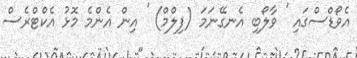
އެވޯޑްސްގައި ' ވާލޯބި އެނގޭނަމަ (ފިލްމް) ' އިން އެންމެ މޮޅު އެކްޓްރެސް